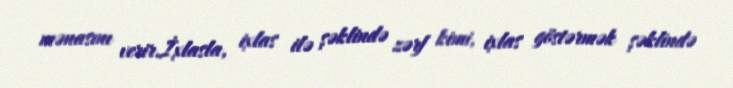
mənasını verir.İxlasla, ixlas ilə şəklində zərf kimi, ixlas göstərmək şəklində